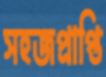
সহজপ্রাপ্তি